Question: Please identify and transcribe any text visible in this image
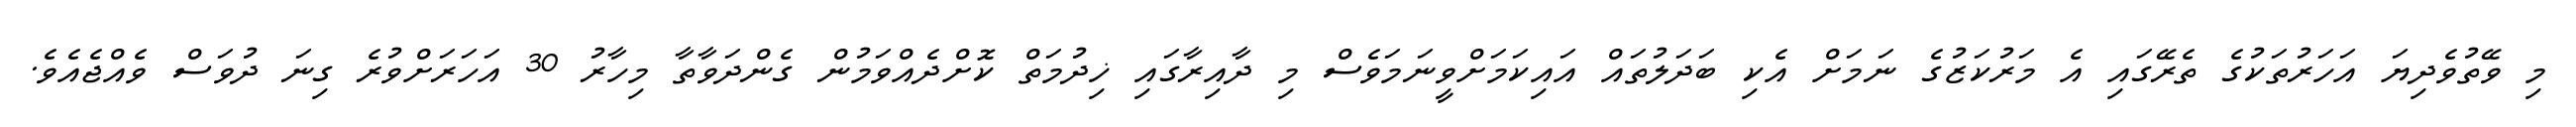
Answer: މި ވޭތުވެދިޔަ އަހަރުތަކުގެ ތެރޭގައި އެ މަރުކަޒުގެ ނަމަށް އެކި ބަދަލުތައް އައިކަމަށްވީނަމަވެސް މި ދާއިރާގައި ޚިދުމަތް ކޮށްދެއްވަމުން ގެންދަވާތާ މިހާރު 30 އަހަރަށްވުރެ ގިނަ ދުވަސް ވެއްޖެއެވެ.